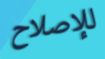
للإصلاح